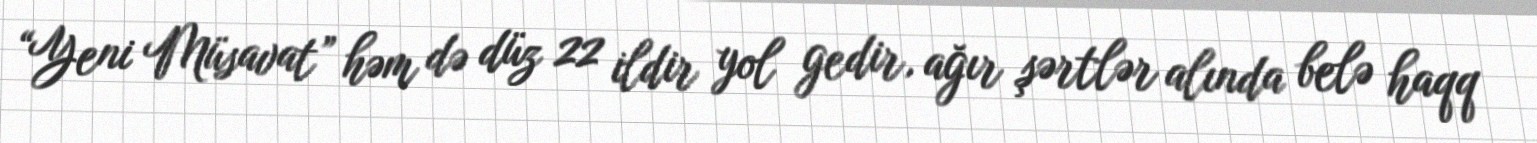
“Yeni Müsavat” həm də düz 22 ildir yol gedir, ağır şərtlər alında belə haqq